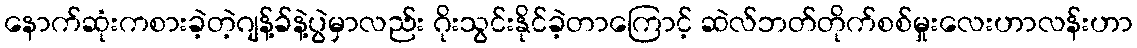
နောက်ဆုံးကစားခဲ့တဲ့ဂျန့်ခ်နဲ့ပွဲမှာလည်း ဂိုးသွင်းနိုင်ခဲ့တာကြောင့် ဆဲလ်ဘတ်တိုက်စစ်မှုးလေးဟာလန်းဟာ